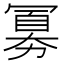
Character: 𪞕